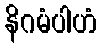
နိဂမံပါဟံ